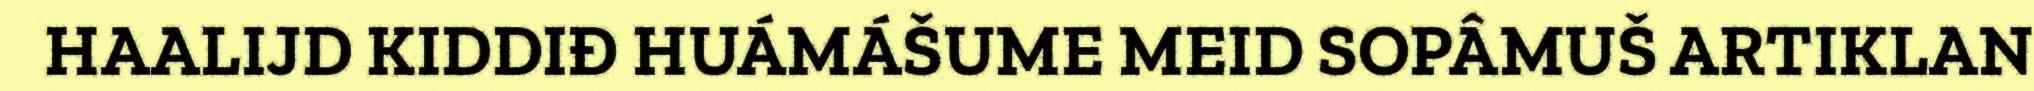
HAALIJD KIDDIĐ HUÁMÁŠUME MEID SOPÂMUŠ ARTIKLAN